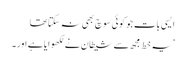
ایسی بات جو کوئی سوچ بھی نہ سکتا تھا
’یہ خط مجھ سے شیطان نے لکھوایا ہے اور۔